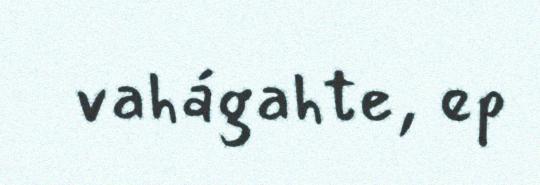
vahágahte, ep